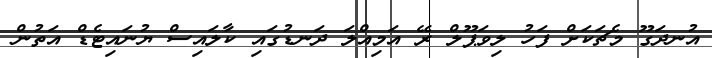
އުނދަގޫ މެޗަކަށް ފަހު ލިވަޕޫލް ރޭ އަމިއްލަ ދަނޑުގައި ކާލައިސް ޔުނައިޓެޑް އަތުން